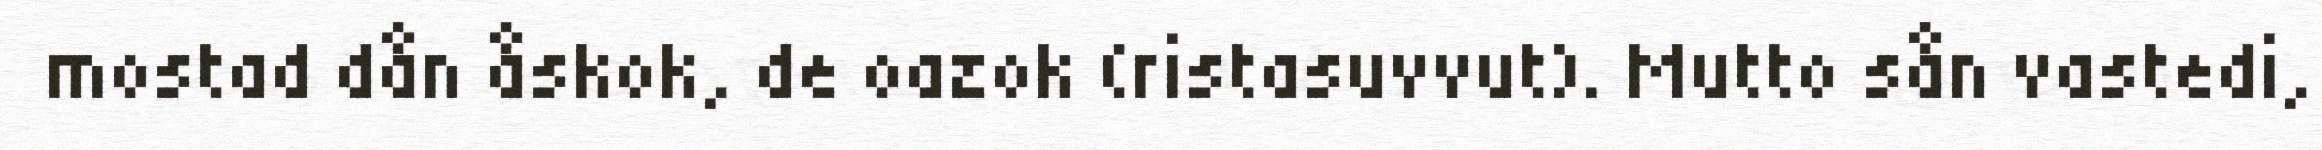
mostad dån åskok, de oazok (ristasuvvut). Mutto sån vastedi,